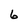
Character: 6